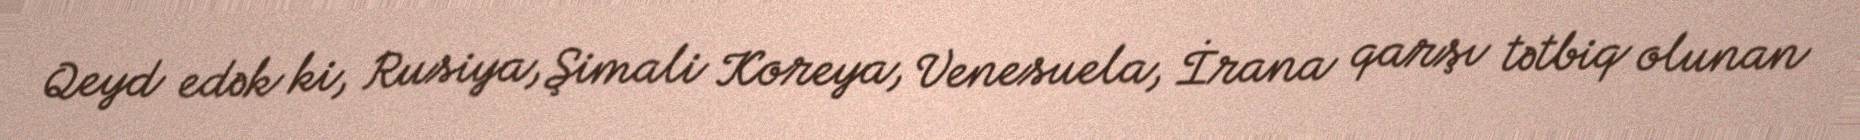
Qeyd edək ki, Rusiya, Şimali Koreya, Venesuela, İrana qarşı tətbiq olunan